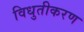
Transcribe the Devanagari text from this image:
विधुतीकरण